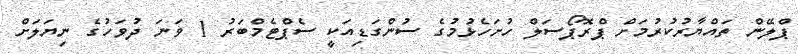
ޕްލޭން ތައްޔާރުކުރުމަށް ޕްރޮޕޯސަލް ހުށަހެޅުމުގެ ސުންގަޑިއަކީ ސެޕްޓެމްބަރު 1 ވަނަ ދުވަހުގެ ނިޔަލަށް